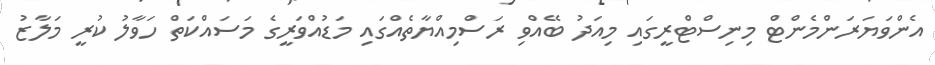
އެންވަޔަރަންމެންޓް މިނިސްޓްރީގައި މިއަދު ބޭއްވި ރަސްމިއްޔާތެއްގައި މަޑުއްވަރީގެ މަސައްކަތް ހަވާލު ކުރީ މަލާޒު